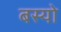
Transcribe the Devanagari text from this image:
बस्‍यो